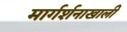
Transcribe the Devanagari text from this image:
मार्गर्शनाखाली